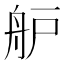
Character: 舮